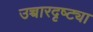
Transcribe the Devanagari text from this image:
उच्चारदृष्ट्या